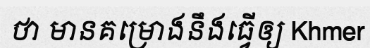
ថា មានគម្រោងនឹងធ្វើឲ្យ Khmer